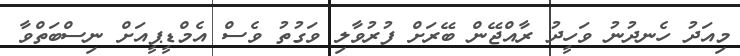
މިއަދު ހެނދުނު ވަހީދު ރާއްޖޭން ބޭރަށް ފުރުވާލި ވަގުތު ވެސް އެމްޑީޕީއަށް ނިސްބަތްވާ